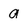
Character: a